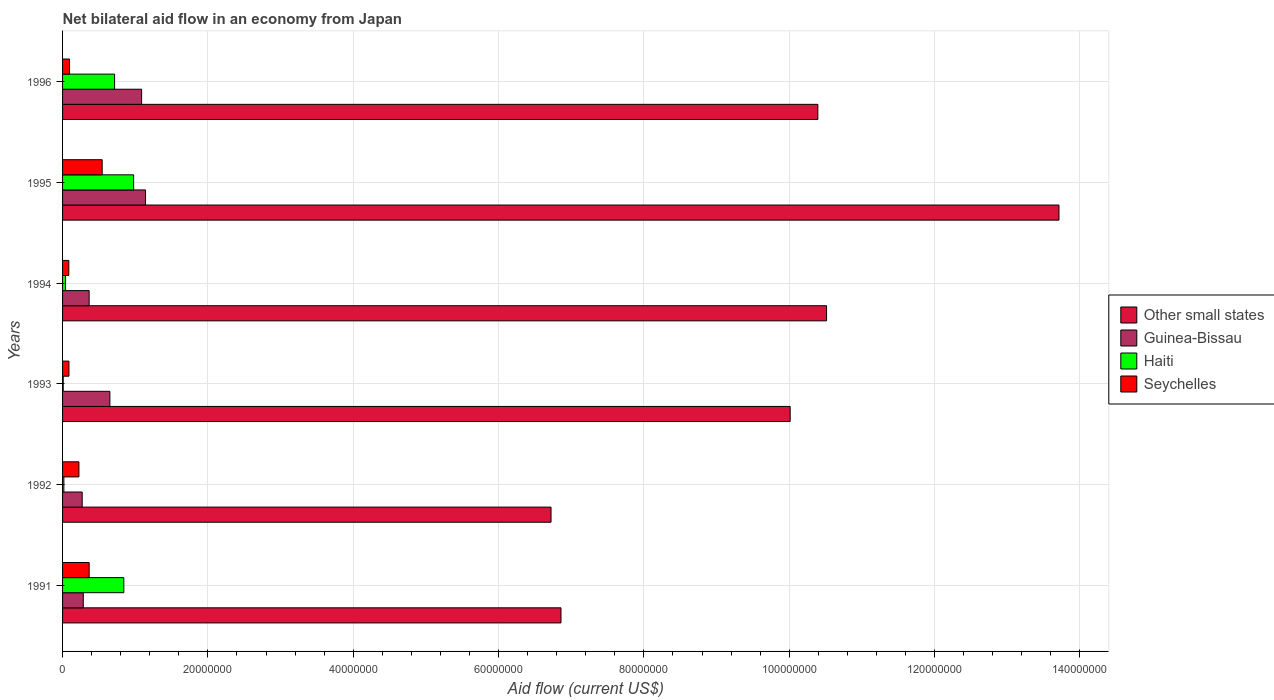
| Years | Other small states | Guinea-Bissau | Haiti | Seychelles |
 | --- | --- | --- | --- | --- |
 | 1991 | 6.86e+07 | 2.85e+06 | 8.43e+06 | 3.66e+06 |
 | 1992 | 6.72e+07 | 2.7e+06 | 1.8e+05 | 2.25e+06 |
 | 1993 | 1e+08 | 6.51e+06 | 9e+04 | 8.8e+05 |
 | 1994 | 1.05e+08 | 3.66e+06 | 4.1e+05 | 8.6e+05 |
 | 1995 | 1.37e+08 | 1.14e+07 | 9.78e+06 | 5.45e+06 |
 | 1996 | 1.04e+08 | 1.09e+07 | 7.16e+06 | 9.6e+05 |